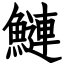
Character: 鰱